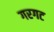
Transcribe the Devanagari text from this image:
गरगट